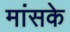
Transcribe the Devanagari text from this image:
मांसके